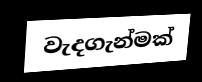
වැදගැන්මක්